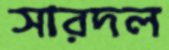
সারদল